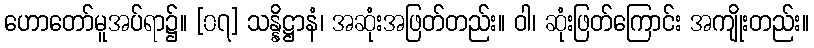
ဟောတော်မူအပ်ရာ၌။ [၀၇] သန္နိဋ္ဌာနံ၊ အဆုံးအဖြတ်တည်း။ ဝါ၊ ဆုံးဖြတ်ကြောင်း အကျိုးတည်း။